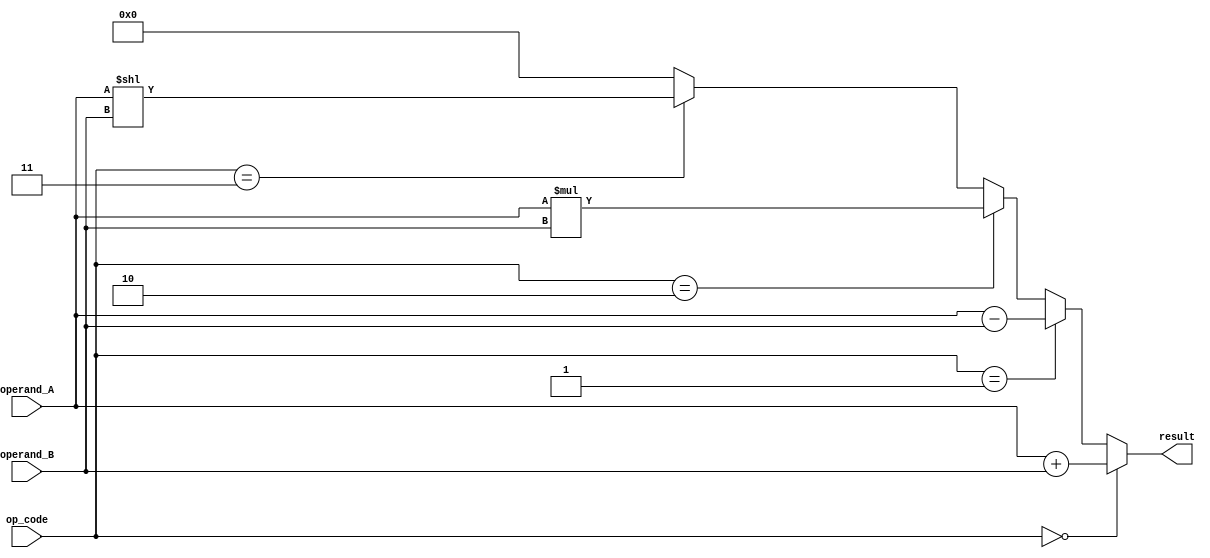
module half_precision_float_unit (
    input wire [10:0] operand_A,
    input wire [10:0] operand_B,
    input wire [2:0] op_code, // 0: add, 1: subtract, 2: multiply, 3: shift
    output wire [10:0] result
);

// Arithmetic blocks
// Adder
assign result = (op_code == 0) ? operand_A + operand_B :
                (op_code == 1) ? operand_A - operand_B :
                (op_code == 2) ? operand_A * operand_B :
                (op_code == 3) ? (operand_A << operand_B) :
                0;

// Rounding and normalization logic
// This section will be filled with appropriate logic for rounding and normalization

// IEEE 754 standard operations and error detection/correction mechanisms
// This section will be filled with appropriate logic to follow IEEE 754 standard and ensure reliable computation results

endmodule